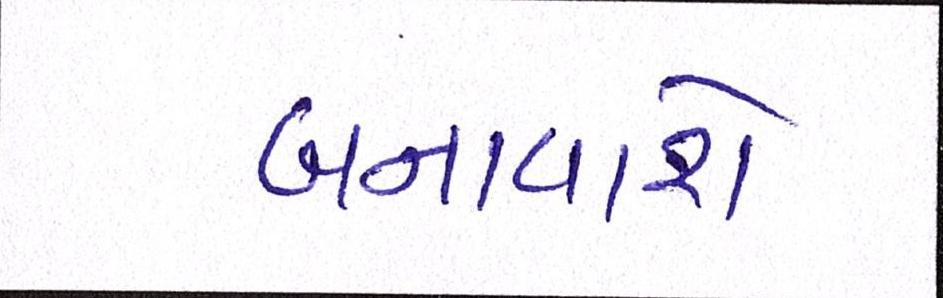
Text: બનાવાશે